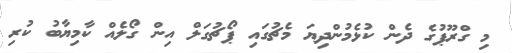
މި ގްރޫޕުގެ ދެން ކުޅެމުންދިޔަ މެޗުގައި ޕޯޗުގަލް އިން ގޯލެއް ކާމިޔާބު ކުރި